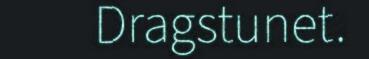
Dragstunet.